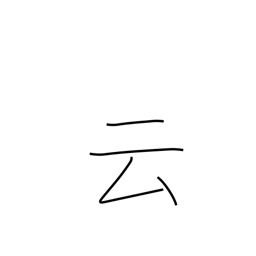
Meaning: say